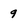
Character: 9